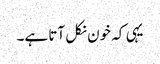
یہی کہ خون نکل آتا ہے۔